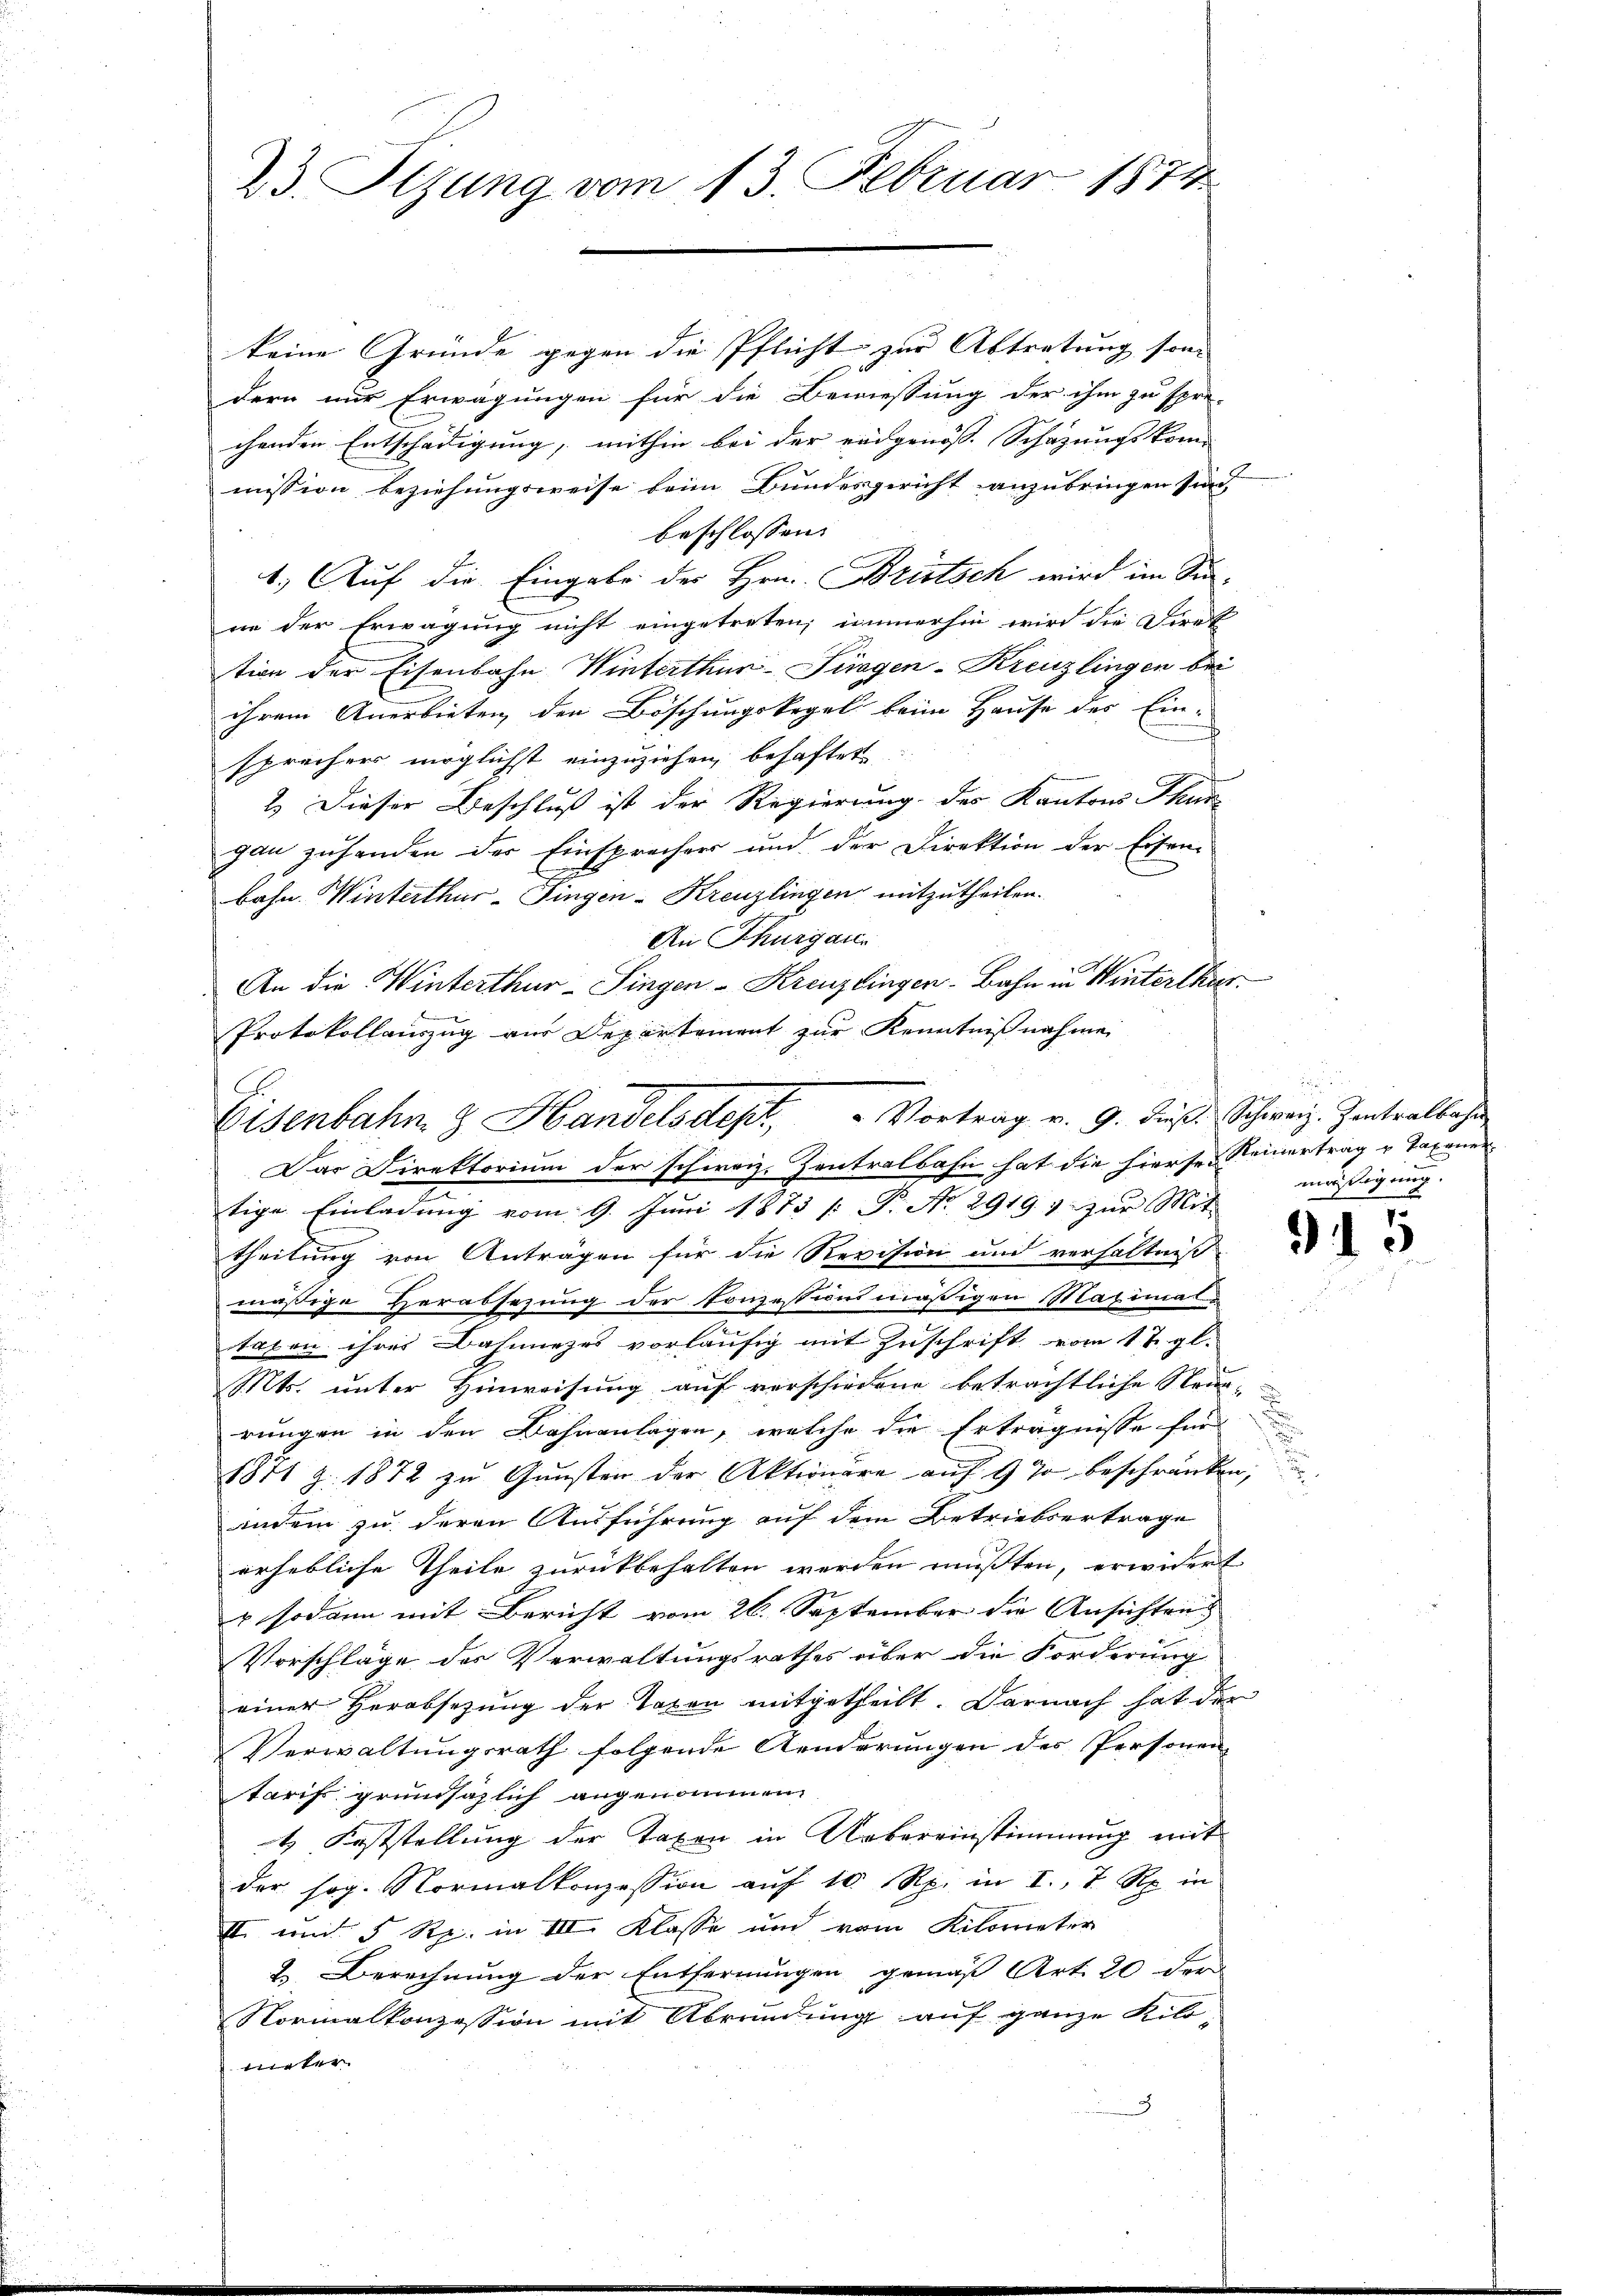
keine Gründe gegen die Pflicht zur Abtretung son |
dern nur Erwägungen für die Bemessung der ihm zu spre-
chenden Entschädigung, mithin bei der eidgenoss. Schazungskom- |
mission beziehungsweise beim Bundesgericht anzubringen sind,
beschlossen:
1. Auf die Eingabe der Hrn. Brütsch wird im Suan der Erwägung nicht eingetreten; immerhin wird die Direk
tion der Eisenbahn Winterthur Siegen-Kreuzlingen bei
ihrem Anerbieten den Böschungskegel beim Hause des Ein-
sprecher möglichst einzuziehen, behaftet.
2.) Dieser Beschluß ist der Regierung des Kantons Thur
gau zuhanden der Einsprecher und der Direktion der Eisen-
bahn. Winterthur–Singen-Kreuzlingen mitzutheilen.
An Thurgau.
An die Winterthur–Singen–Kreuzlingen Bahn in Winterthur
Protokollauszug aus Departement zur Kenntnißnahme

Eisenbahn & Handelsdept. " Vortrag v. 9. dieß. Schweiz. Zentralbahr
Dar Direktorium der schweiz. Zentralbahn hat die hiersen Keinertrag u. Taxaner-
tige Einladung vom 9. Juni 1873 /: P. Nr. 2919) zur Mit

23. Sizung vom 13. Februar 1874

theilung von Anträgen für die Revision um verhältniß
mäßige Verabsezung der konzessionsmäßigen Maximal-
taxen ihres Bahnnezes vorläufig mit Zuschrift vom 17. gl.
Mts. unter Hinweisung auf verschiedene beträchtliche Steuerungen in den Bahnanlagen, welche die Erträgnisse für
1871 Z. 1872 zu Gunsten der Aktionäre auf § 70 beschränken,
indem zu deren Ausführung auf dem Betriebsertrage
erhebliche Theile zurückbehalten werden mußten, erwidert
v sodann mit Bericht vom 26. September die Ansichten
Vorschläge des Verwaltungsrathes über die Forderung
einer Herabsetzung der Taxen mitgetheilt. Darnach hat der
Verwaltungsrath folgende Aenderungen des Personen
tarif grundsazlich angenommen.
t Feststellung der Taxen in Uebereinstimmung mit
der sog. Normalkonzession aŭf 10 Rp. in I, 7 Rp. in
II und 5 Rp. in III. Klasse und vom Kilometer
2. Berechnung der Entfernungen gemäß Art. 20 der
Normalkonzession mit Abredung auf ganze Kilotirter

s
mäßigung.